65_HS1-834228961_62-HQ-83894_Section_7
Agency: FBI
Page 95
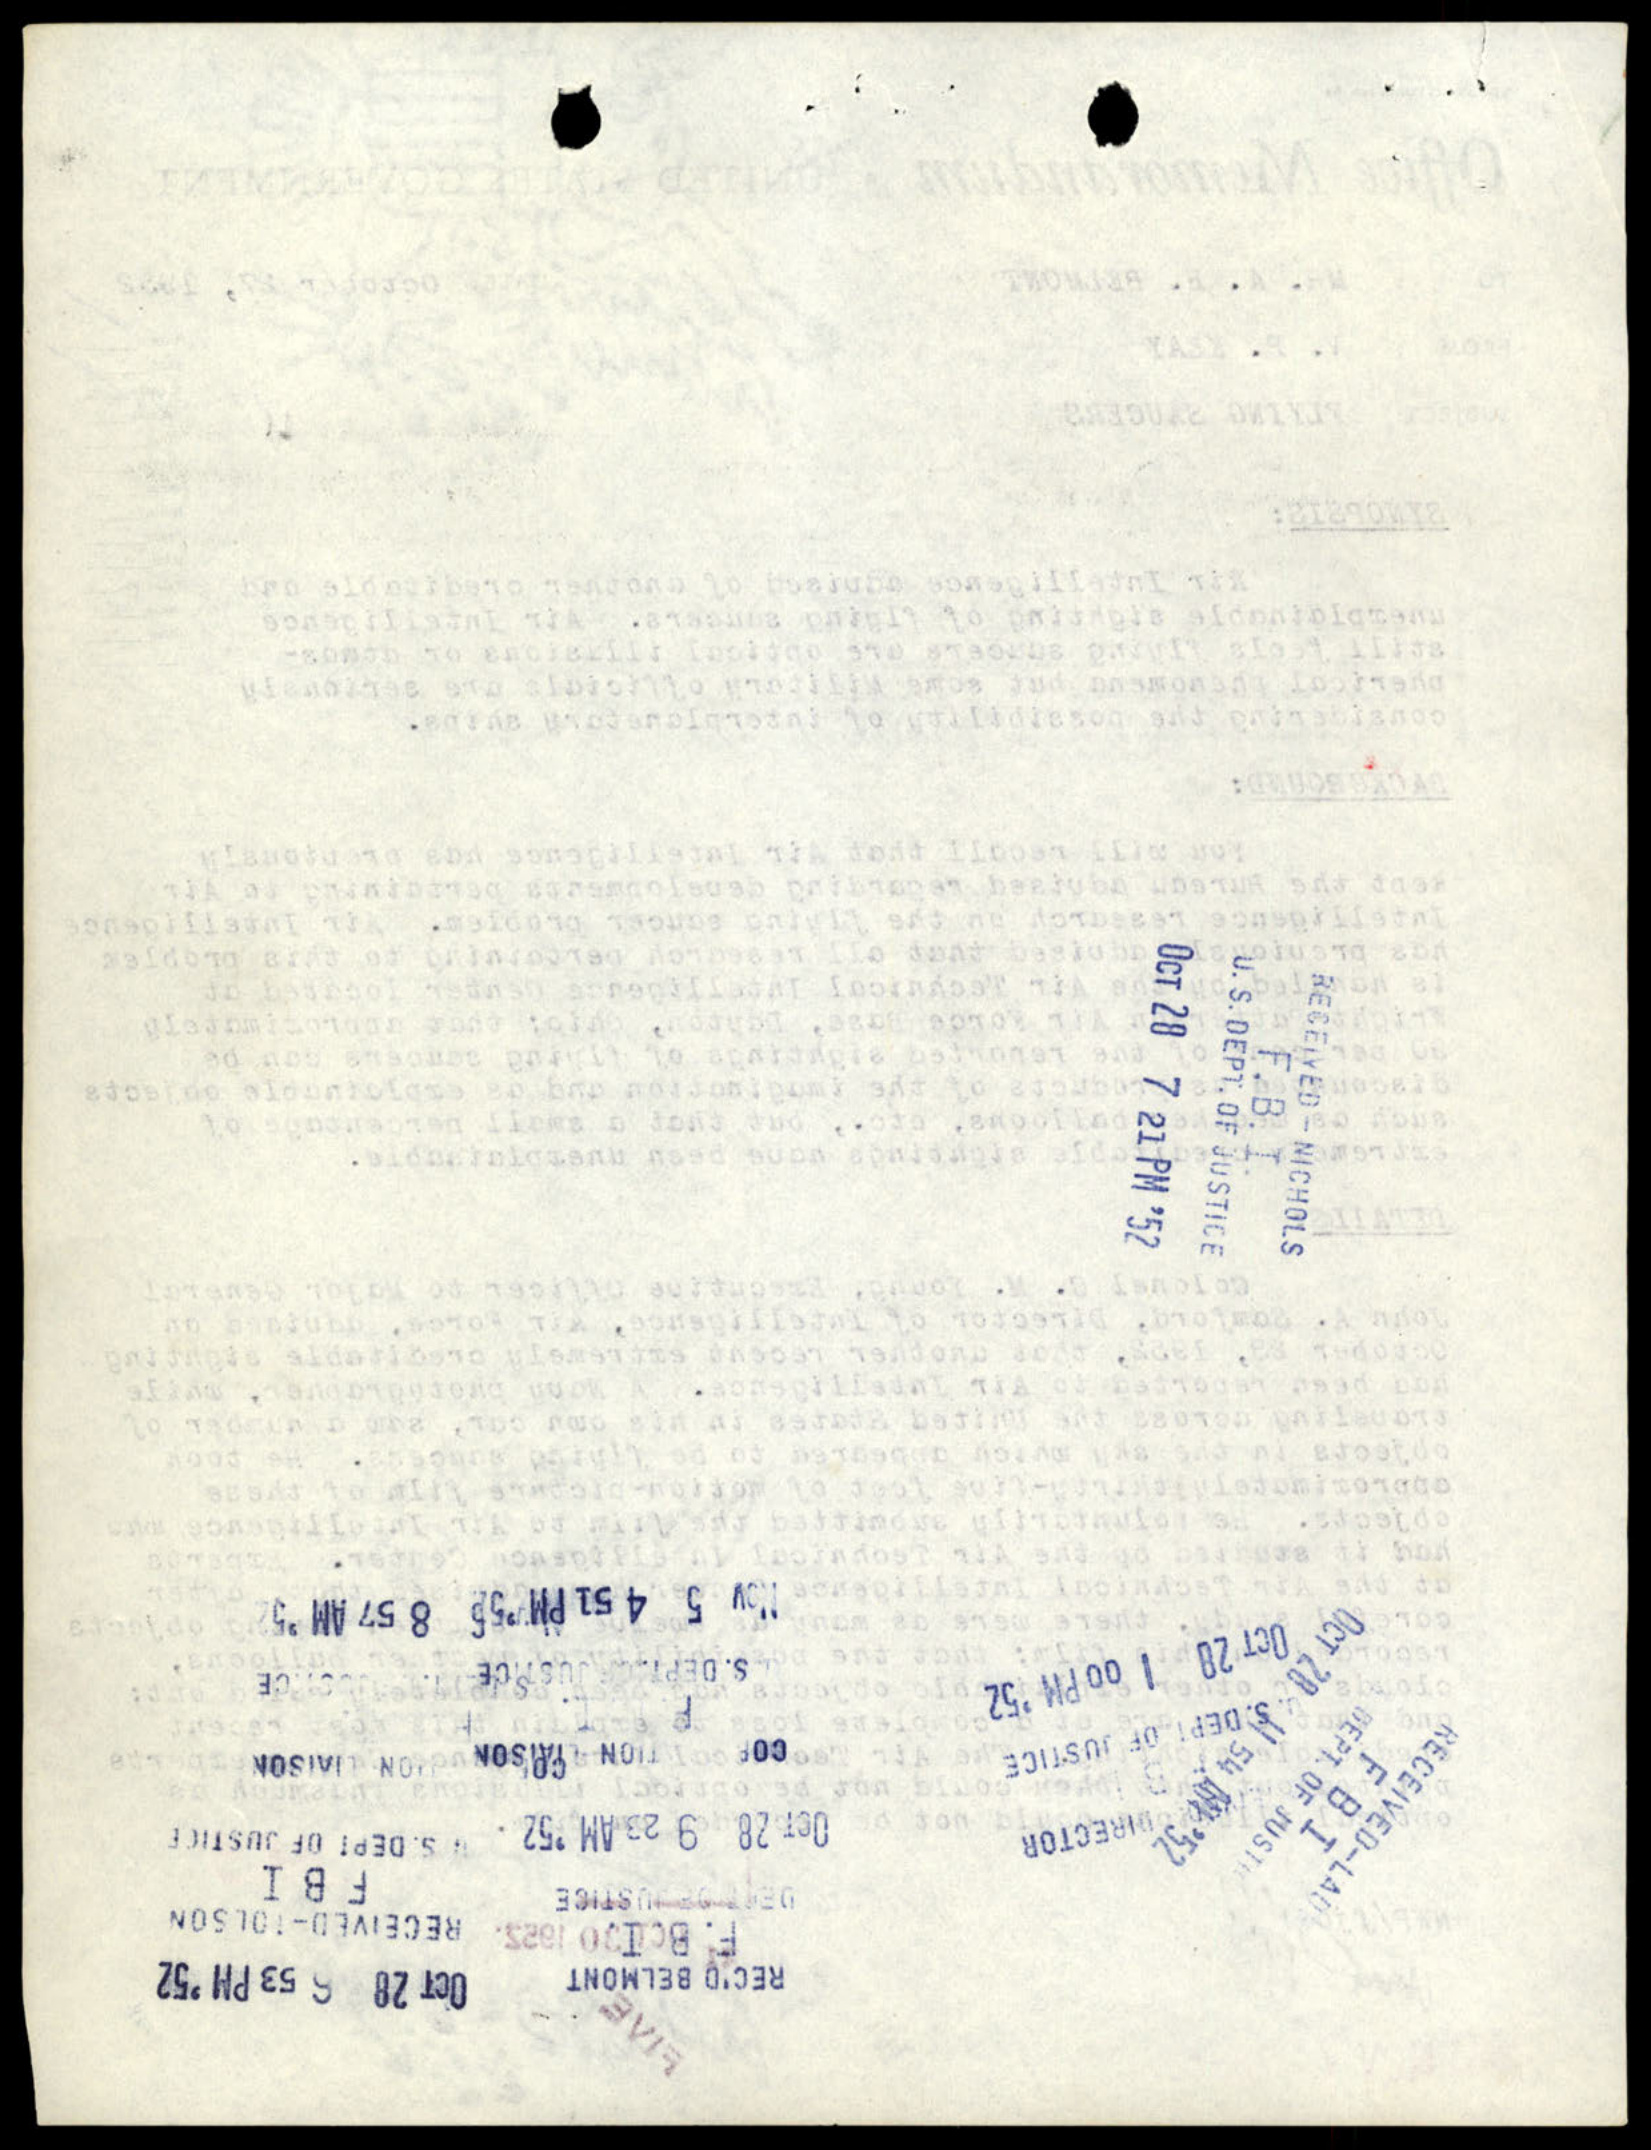